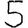
Digit: 5